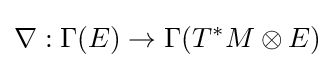
\nabla :\Gamma (E)\rightarrow \Gamma (T^{*}M\otimes E)